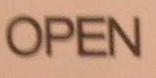
open